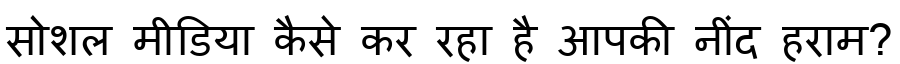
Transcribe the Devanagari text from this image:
सोशल मीडिया कैसे कर रहा है आपकी नींद हराम?